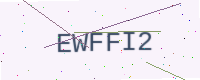
Text: EWFFI2